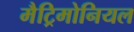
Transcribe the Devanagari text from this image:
मैट्रिमोनियल